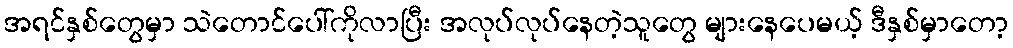
အရင်နှစ်တွေမှာ သဲတောင်ပေါ်ကိုလာပြီး အလုပ်လုပ်နေတဲ့သူတွေ များနေပေမယ့် ဒီနှစ်မှာတော့